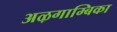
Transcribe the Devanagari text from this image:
अऴगाम्बिका